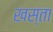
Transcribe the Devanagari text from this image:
खस्‍ता